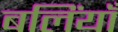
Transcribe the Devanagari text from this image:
बलिंयाँ